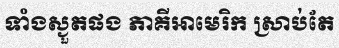
ទាំងស្ងួតផង ភាគីអាមេរិក ស្រាប់តែ